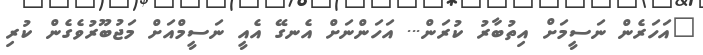
"އަހަރެން ނަސީމަށް އިތުބާރު ކުރަން... އަހަންނަށް އެނގޭ އެއީ ނަސީމްއަށް މަޖުބޫރުވެގެން ކުރި